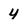
Character: 4